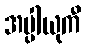
အပ္ပါယုကီ